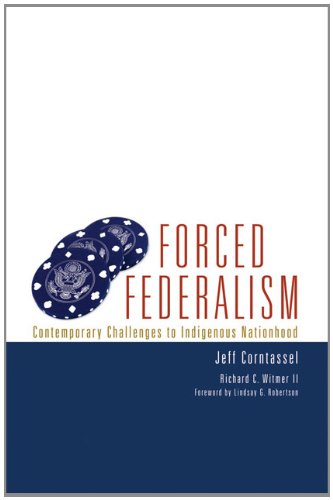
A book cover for Forced Federalism: Contemporary Challenges to Indigenous Nationhood (American Indian Law and Policy Series); Jeff Corntassel; Law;